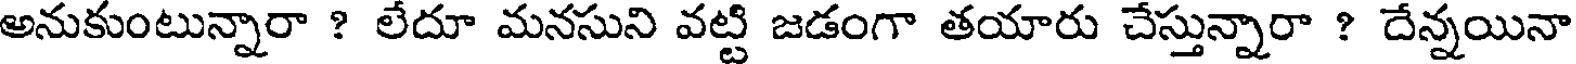
అనుకుంటున్నారా ? లేదూ మనసుని వట్టి జడంగా తయారు చేస్తున్నారా ? దేన్నయినా